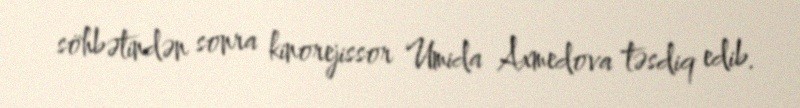
söhbətindən sonra kinorejissor Umida Axmedova təsdiq edib.